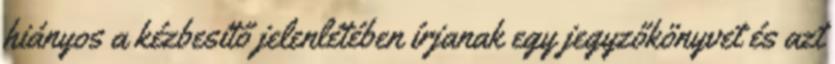
hiányos a kézbesítő jelenlétében írjanak egy jegyzőkönyvet és azt